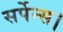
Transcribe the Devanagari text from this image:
सर्पेन्स।